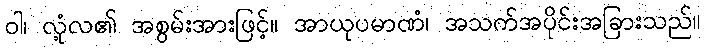
ဝါ၊ လုံ့လ၏ အစွမ်းအားဖြင့်။ အာယုပမာဏံ၊ အသက်အပိုင်းအခြားသည်။